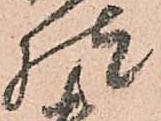
様